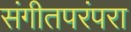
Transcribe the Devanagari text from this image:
संगीतपरंपरा